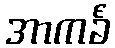
အာကင်္ခံ